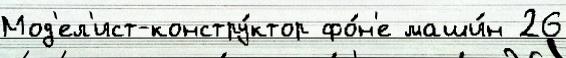
Мод'ел'ист-констру́ктор фо́н'е маши́н 26